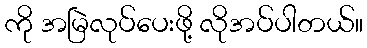
ကို အမြဲလုပ်ပေးဖို့ လိုအပ်ပါတယ်။